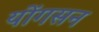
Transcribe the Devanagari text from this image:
योंगसन